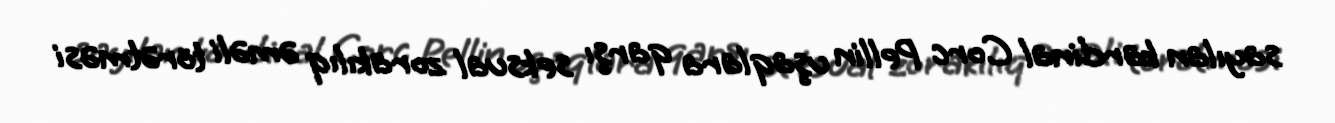
sayılan kardinal Corc Pellin uşaqlara qarşı seksual zorakılıq əməli törətməsi